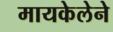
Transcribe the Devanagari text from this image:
मायकेलेने